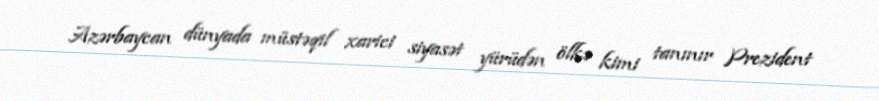
Azərbaycan dünyada müstəqil xarici siyasət yürüdən ölkə kimi tanınır Prezident